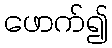
ဖောက်၍